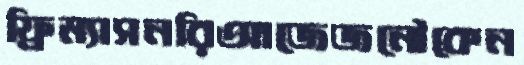
ফ্রিম্যাসনরিআজেজনৌকেন